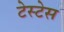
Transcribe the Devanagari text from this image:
टेस्टेस